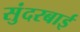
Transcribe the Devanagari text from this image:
सुंदरबाई